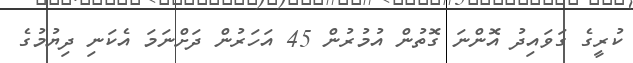
ކުރީގެ ގަވައިދު އޮންނަ ގޮތުން އުމުރުން 45 އަހަރުން ދަށްނަމަ އެކަނި ދިޔުމުގެ